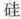
硅